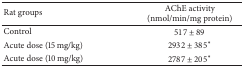
<table><thead><tr><td><b>Rat groups</b></td><td><b>AChE activity (nmol/min/mg protein)</b></td></tr></thead><tbody><tr><td>Control</td><td>517 ± 89</td></tr><tr><td>Acute dose (15 mg/kg)</td><td>2932 ± 385*</td></tr><tr><td>Acute dose (10 mg/kg)</td><td>2787 ± 205*</td></tr></tbody></table>